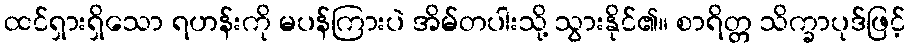
ထင်ရှားရှိသော ရဟန်းကို မပန်ကြားပဲ အိမ်တပါးသို့ သွားနိုင်၏။ စာရိတ္တ သိက္ခာပုဒ်ဖြင့်